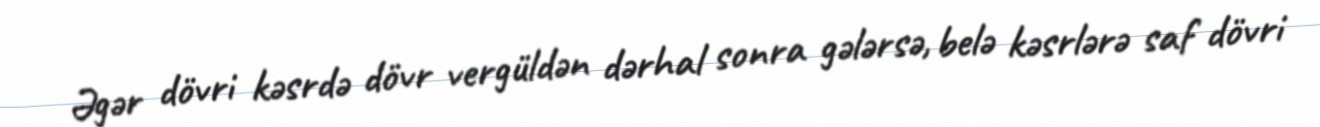
Əgər dövri kəsrdə dövr vergüldən dərhal sonra gələrsə, belə kəsrlərə saf dövri